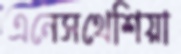
এনেসথেশিয়া